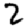
Digit: 2